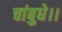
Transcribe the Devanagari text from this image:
चांबुधे।।